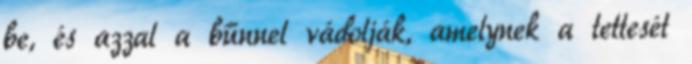
be, és azzal a bűnnel vádolják, amelynek a tettesét